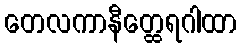
တေလကာနီတ္ထေရဂါထာ